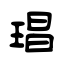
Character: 琩